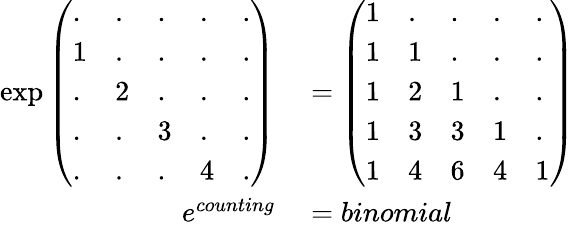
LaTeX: \begin{array}{rl}{\exp{\left(\begin{array}{lllll}{.}&{.}&{.}&{.}&{.}\\ {1}&{.}&{.}&{.}&{.}\\ {.}&{2}&{.}&{.}&{.}\\ {.}&{.}&{3}&{.}&{.}\\ {.}&{.}&{.}&{4}&{.}\end{array}\right)}}&{{}={\left(\begin{array}{lllll}{1}&{.}&{.}&{.}&{.}\\ {1}&{1}&{.}&{.}&{.}\\ {1}&{2}&{1}&{.}&{.}\\ {1}&{3}&{3}&{1}&{.}\\ {1}&{4}&{6}&{4}&{1}\end{array}\right)}}\\ {e^{counting}}&{{}=binomial}\end{array}